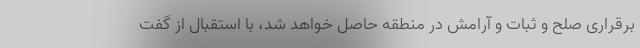
برقراری صلح و ثبات و آرامش در منطقه حاصل خواهد شد، با استقبال از گفت